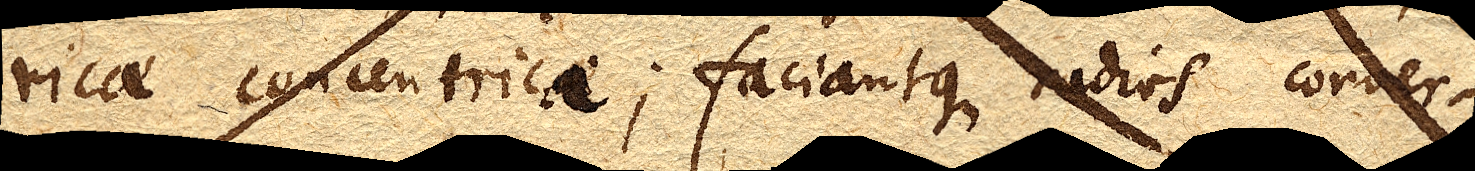
ricae concentricae; faciantque radios conver–